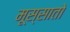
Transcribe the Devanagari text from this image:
मूस्सातो